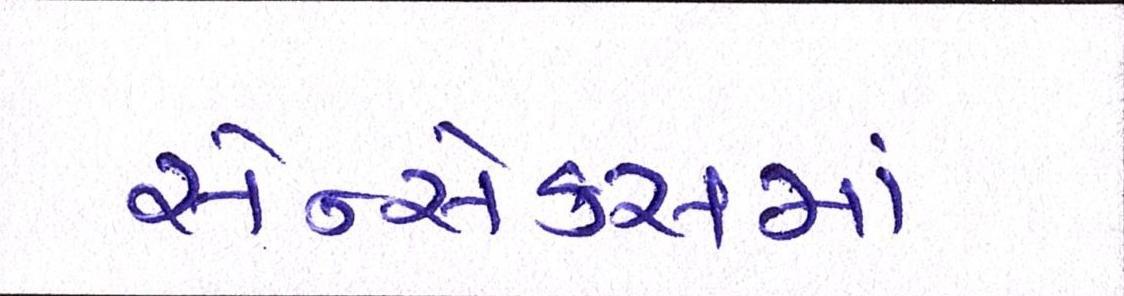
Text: સેન્સેક્સમાં